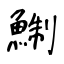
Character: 鯯